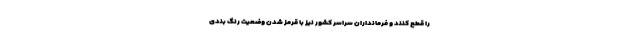
را قطع کنند و فرمانداران سراسر کشور نیز با قرمز شدن وضعیت رنگ بندی